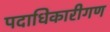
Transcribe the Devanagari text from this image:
पदाधिकारीगण